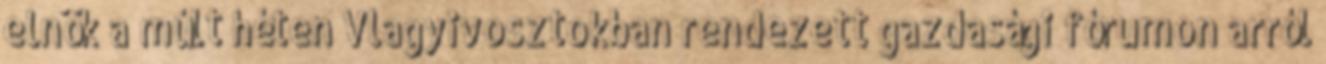
elnök a múlt héten Vlagyivosztokban rendezett gazdasági fórumon arról